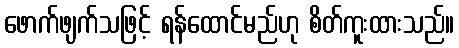
ဖောက်ဖျက်သဖြင့် ရန်ထောင်မည်ဟု စိတ်ကူးထားသည်။